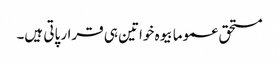
مستحق عموما بیوہ خواتین ہی قرار پاتی ہیں۔